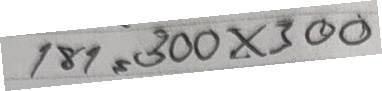
181 = 300x300